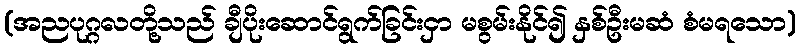
(အညပုဂ္ဂလတို့သည် ချီပိုးဆောင်ရွက်ခြင်းငှာ မစွမ်းနိုင်၍ နှစ်ဦးမဆံ စံမရသော)